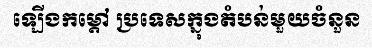
ឡើងកម្តៅ ប្រទេសក្នុងតំបន់មួយចំនួន